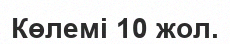
Көлемі 10 жол.